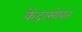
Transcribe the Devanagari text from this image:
केंद्रासोबत